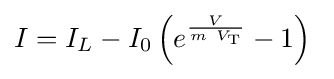
I=I_{L}-I_{0}\left(e^{\frac {V}{m\ V_{\mathrm {T} }}}-1\right)\